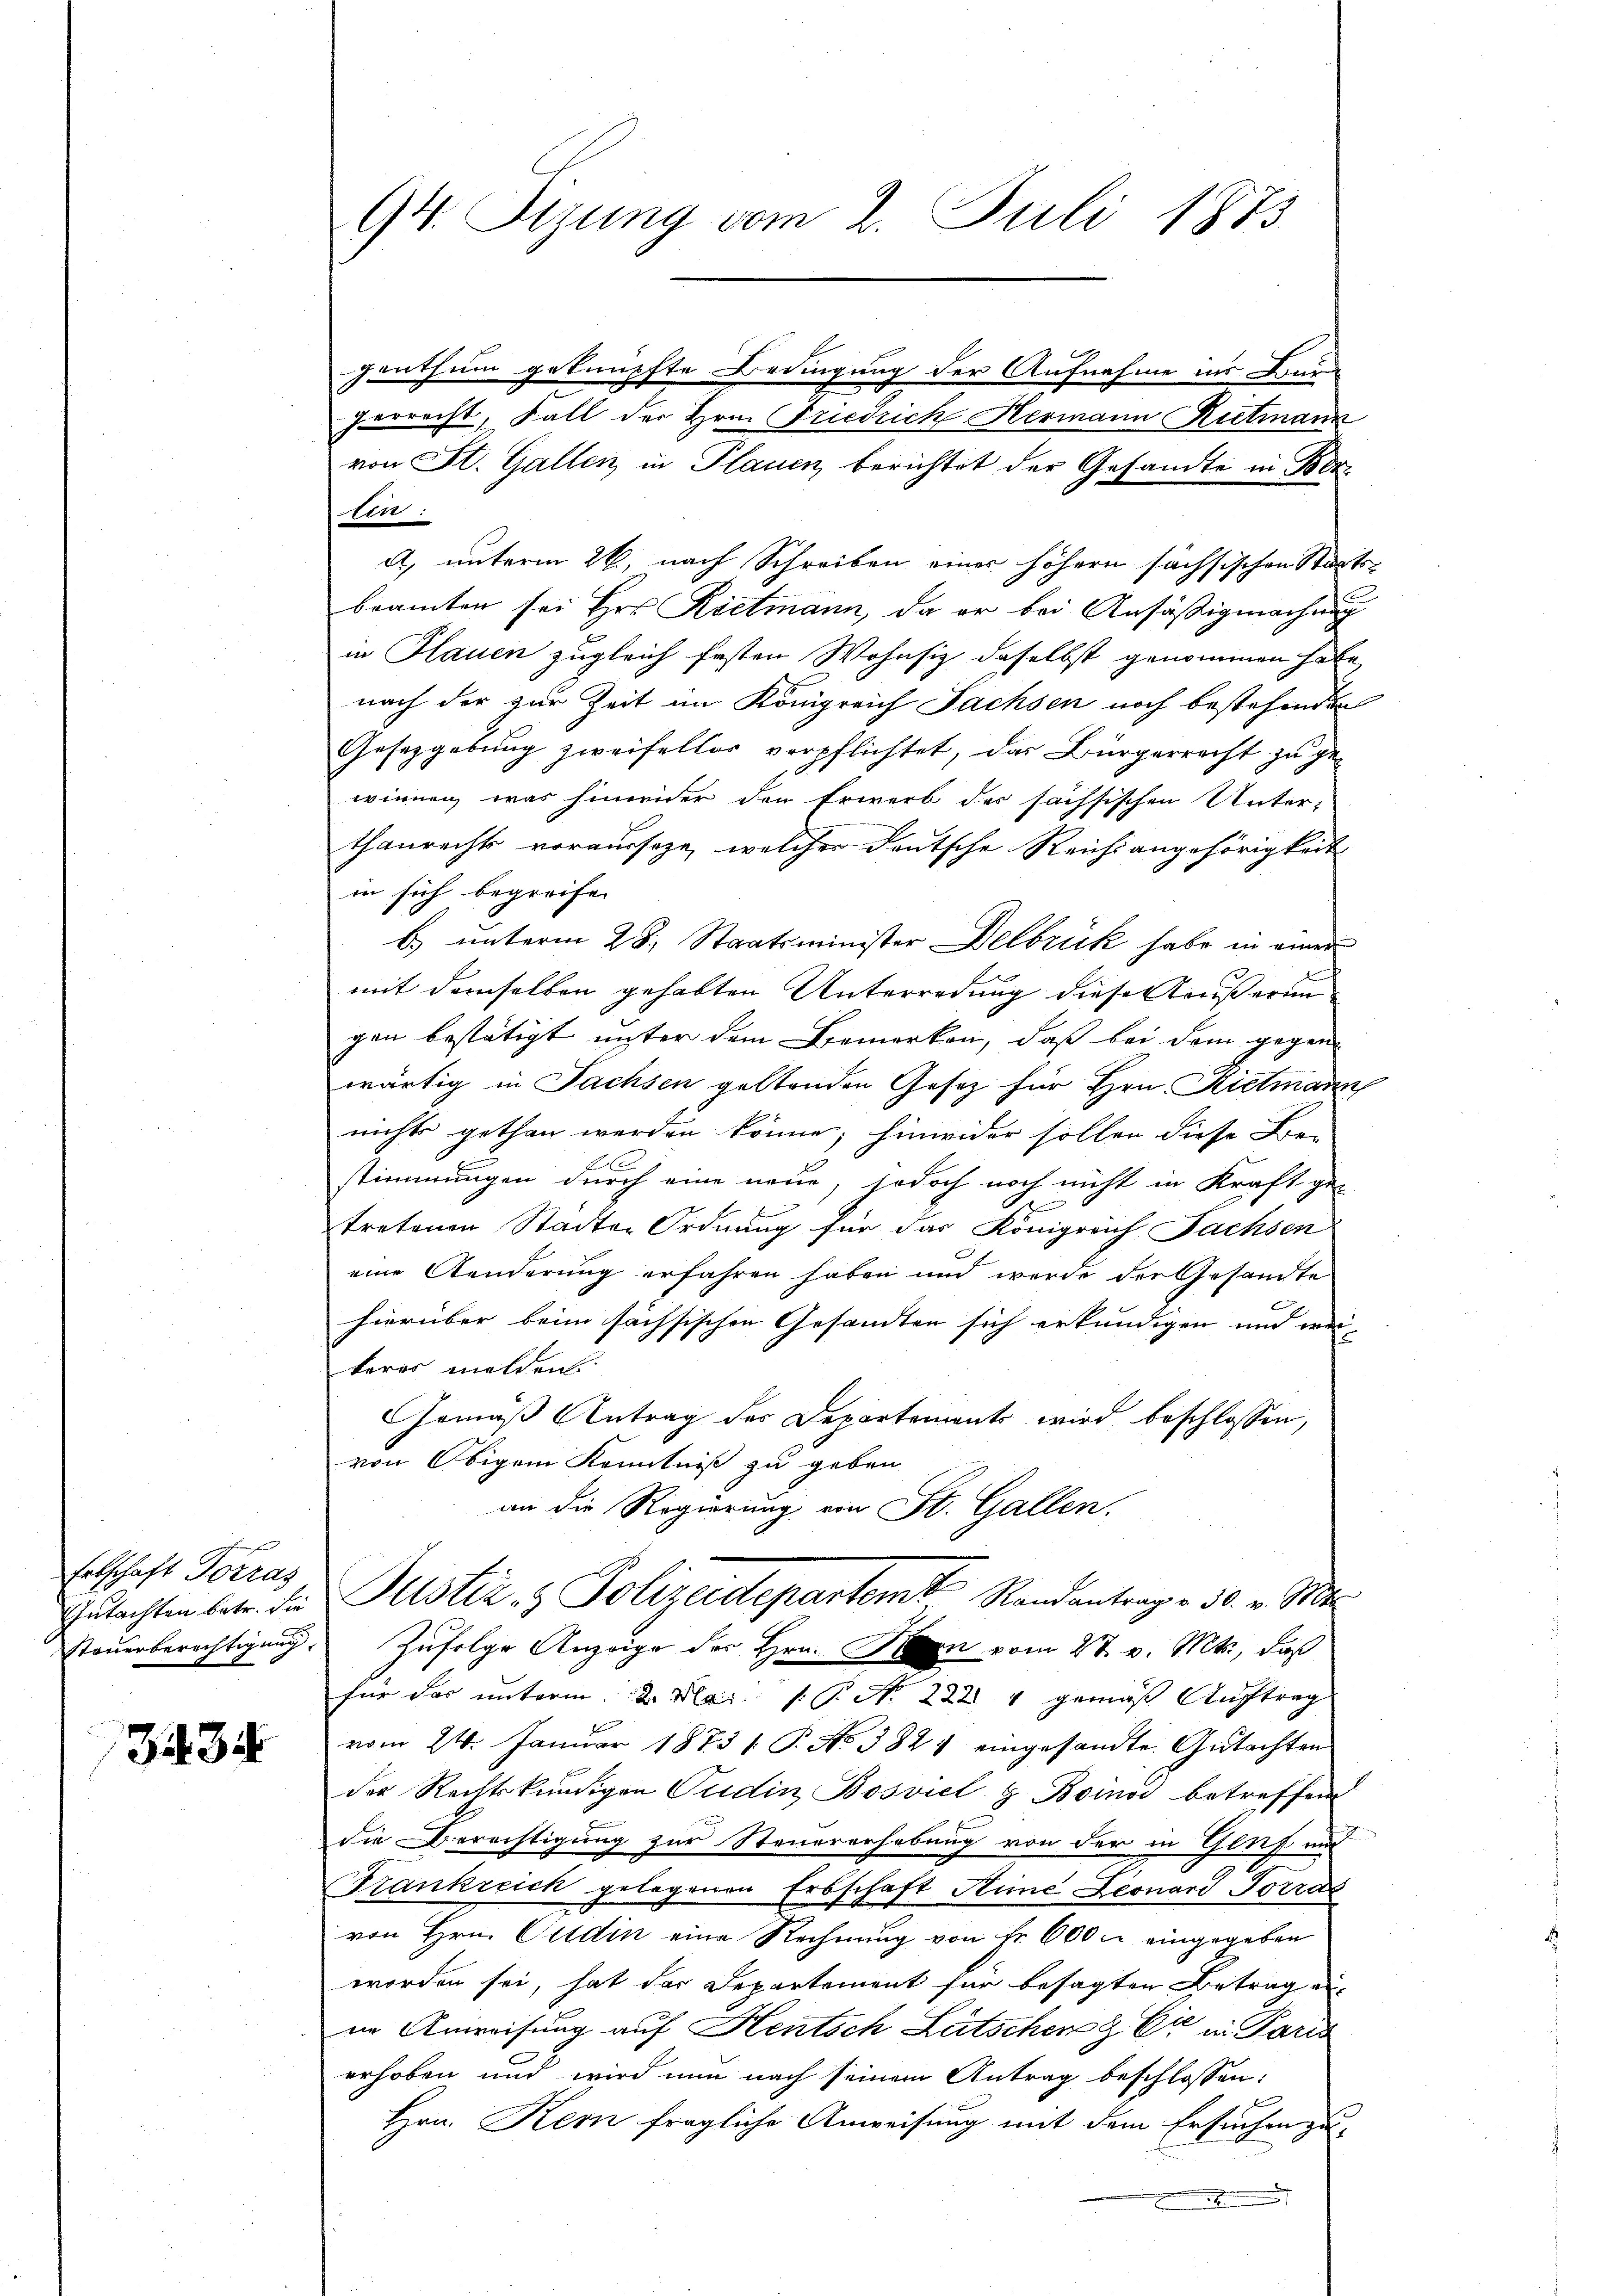
Entschaft Vorras

3434

perrecht, Fall der Hrn. Friedrich Hermann Ritmann
von St. Gallen in Plauen berichtet der Gesandte in Ber
110:
A, unterm 26., nach Schreiben einer höhern sächsischen Staatsbeamten sei Hrn. Rittmann, da er bei Ansäßigmachung
in Hauen zugleich festen Wohnsiz daselbst genommen habe,
nach der zur Zeit im Königreich Fachsen noch bestehenden
Gesetzgebung zweifellos verpflichtet, das Bürgerrecht zu ge-
winnen, was hinwider den Erwerb des sächsischen Unter-
thanrechts voraussage, welcher deutsche Reichsangehörigkeit
in sich begreife.
b.) unterm 28. Staatsminister Delbrück habe in einer
mit demselben gehabten Unterredung diese außerun
gen bestätigt unter dem Bemerken, daß bei dem gegen
wärtig in Sachsen geltenden Gesetz für Hrn. Rietmann
nichts gethan werden könne; hinwider sollen diese Be-
C
stimmungen durch eine neue, so doch noch nicht in Kraft ge-
.
tretenen Stadter Ordnung für das Königreich Fachsen
eine Aenderung erfahren haben und werde der Gesandte
Fr
hierüber beim sächsischen Gesandten sich erkundigen und wei
kerer melden
Gemäß Antrag des Departements wird beschlossen,
von Obigem Kenntniß zu geben.
an die Regierung von St. Gallen.
Gutachten betr. die Justiz- & Polizeidepartem Randantrag - 30. v. Mts.
steŭerberechtigung. Zufolge Anzeige der Hrn. Hen vom 27. v. Mts., daß
für das unterm 2. Mai. P. Nr. 222. 4 gemäß Auftrag
vom 24. Januar 18731. P. No 382 eingesandte Gutachten
der Rechtskundigen Pudin Bosviel z Boinos betreffend
die Berechtigung zur Steuererhebung von der in Gluf und
Frankreich gelegenen Erbschaft Stime Leonard Torra
von Hrn. Guldin eine Rechnung von Nr. 600 u. eingegeben
worden sei, hat das Departement für besagten Betrag an-
in Anweisung auf Hentsch Lütschen & Er in Paris
erhoben und wird nun nach seinem Antrag beschlossen:
Hrn. Kern fragliche Anweisung mit dem Ersuchen zu¬
.

94. Sizung vom 2. Juli 1873.

genthum geknüpfte Bedingung der Aufnahme ins Bure